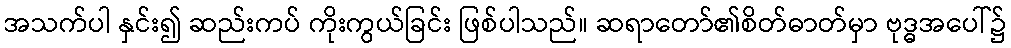
အသက်ပါ နှင်း၍ ဆည်းကပ် ကိုးကွယ်ခြင်း ဖြစ်ပါသည်။ ဆရာတော်၏စိတ်ဓာတ်မှာ ဗုဒ္ဓအပေါ်၌